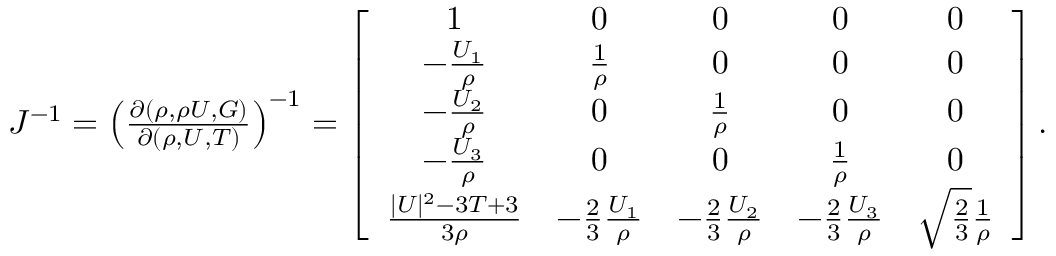
\begin{array} { r } { J ^ { - 1 } = \left( \frac { \partial ( \rho , \rho U , G ) } { \partial ( \rho , U , T ) } \right) ^ { - 1 } = \left[ { \begin{array} { c c c c c c } { 1 } & { 0 } & { 0 } & { 0 } & { 0 } \\ { - \frac { U _ { 1 } } { \rho } } & { \frac { 1 } { \rho } } & { 0 } & { 0 } & { 0 } \\ { - \frac { U _ { 2 } } { \rho } } & { 0 } & { \frac { 1 } { \rho } } & { 0 } & { 0 } \\ { - \frac { U _ { 3 } } { \rho } } & { 0 } & { 0 } & { \frac { 1 } { \rho } } & { 0 } \\ { \frac { | U | ^ { 2 } - 3 T + 3 } { 3 \rho } } & { - \frac { 2 } { 3 } \frac { U _ { 1 } } { \rho } } & { - \frac { 2 } { 3 } \frac { U _ { 2 } } { \rho } } & { - \frac { 2 } { 3 } \frac { U _ { 3 } } { \rho } } & { \sqrt { \frac { 2 } { 3 } } \frac { 1 } { \rho } } \end{array} } \right] . } \end{array}